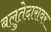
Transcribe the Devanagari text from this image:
बलुतेदारावर